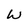
Character: W